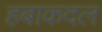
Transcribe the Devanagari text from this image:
हबाकदल